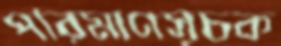
পরিমাণসূচক